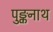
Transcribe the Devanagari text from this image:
पुङ्कनाथ